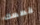
قصصك